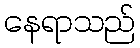
နေရာသည်